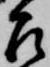
召